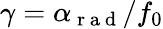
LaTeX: \gamma=\alpha_{\mathrm{~r~a~d~}}/f_{0}